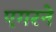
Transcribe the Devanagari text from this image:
एगरने